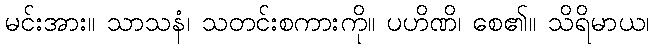
မင်းအား။ သာသနံ၊ သတင်းစကားကို။ ပဟိဏိ၊ စေ၏။ သိရိမာယ၊